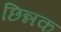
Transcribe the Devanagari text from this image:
छिन्नक